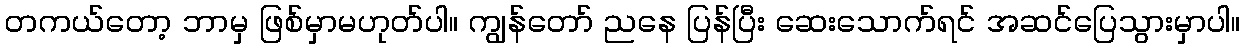
တကယ်တော့ ဘာမှ ဖြစ်မှာမဟုတ်ပါ။ ကျွန်တော် ညနေ ပြန်ပြီး ဆေးသောက်ရင် အဆင်ပြေသွားမှာပါ။